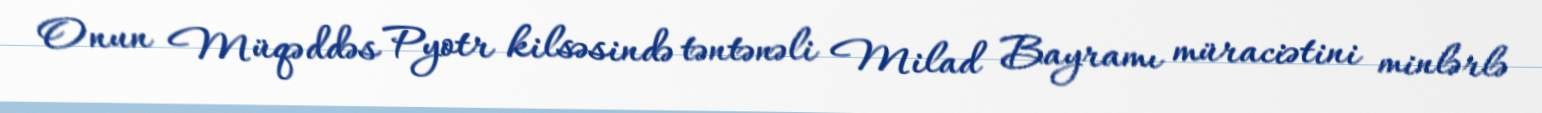
Onun Müqəddəs Pyotr kilsəsində təntənəli Milad Bayramı müraciətini minlərlə